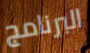
البرنامج